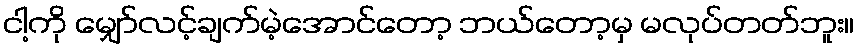
ငါ့ကို မျှော်လင့်ချက်မဲ့အောင်တော့ ဘယ်တော့မှ မလုပ်တတ်ဘူး။